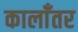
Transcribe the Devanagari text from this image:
कालाँतर